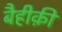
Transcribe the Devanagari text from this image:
बैहीक़ी